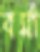
বর্মা